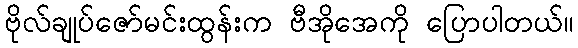
ဗိုလ်ချုပ်ဇော်မင်းထွန်းက ဗီအိုအေကို ပြောပါတယ်။